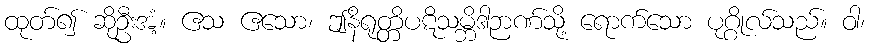
ထုတ်၍ ဆိုဦးအံ့။ ဧသ ဧသော၊ ဤနိရုတ္တိပဋိသမ္ဘိဒါဉာဏ်သို့ ရောက်သော ပုဂ္ဂိုလ်သည်။ ဝါ၊